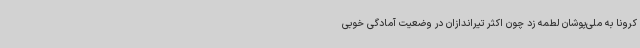
کرونا به ملی‌پوشان لطمه زد چون اکثر تیراندازان در وضعیت آمادگی خوبی